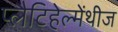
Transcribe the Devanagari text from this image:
प्लैटिहेल्मेंथीज